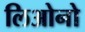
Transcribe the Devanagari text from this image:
लिओनो